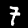
Digit: 7